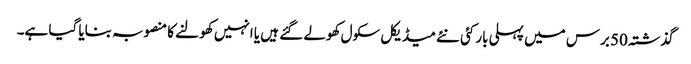
گذشتہ 50 برس میں پہلی بار کئی نئے میڈیکل سکول کھولے گئے ہیں یا انہیں کھولنے کا منصوبہ بنایا گیا ہے۔